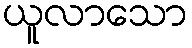
ယူလာသော